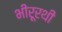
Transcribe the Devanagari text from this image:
भीरूरथी